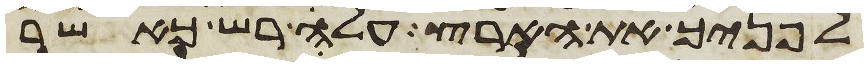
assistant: לפניך את הארץ עלה רש כאשר